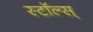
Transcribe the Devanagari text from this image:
स्टॉल्स्